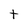
Character: t